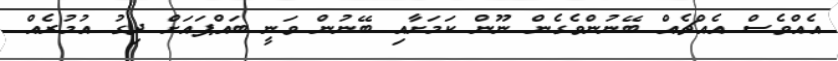
އެއްވެސް އެއްޗެއް ބޭނުންވެގެން ނޫން ކަމަށާއި ބޭނުން ވަނީ ބައްޕައަށް ދިގު އުމުރެއް